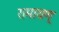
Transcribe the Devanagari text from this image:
रामायण्